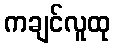
ကချင်လူထု